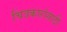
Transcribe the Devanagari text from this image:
चित्रकारांसाठी